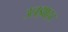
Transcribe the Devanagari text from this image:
उलझाहट